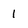
Character: i